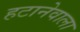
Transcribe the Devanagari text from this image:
हटानेवाला